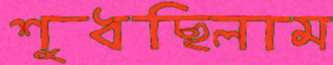
শুধছিলাম